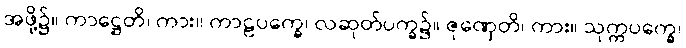
အဖို့၌။ ကာဋ္ဌေတိ၊ ကား။ ကာဠပက္ခေ၊ လဆုတ်ပက္ခ၌။ ဇုဏှေတိ၊ ကား။ သုက္ကပက္ခေ၊